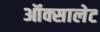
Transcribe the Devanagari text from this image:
ऑक्सालेट